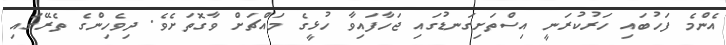
އެންމެ ފަހުބައި ހަރުކުރަނީ އިސްތަށިގަނޑުގައި ޖަހާފައިވާ ހުޅީގެ މައްޗަށް ވާގޮތަށެވެ. ދިވެހިންގެ ތެރޭގައި